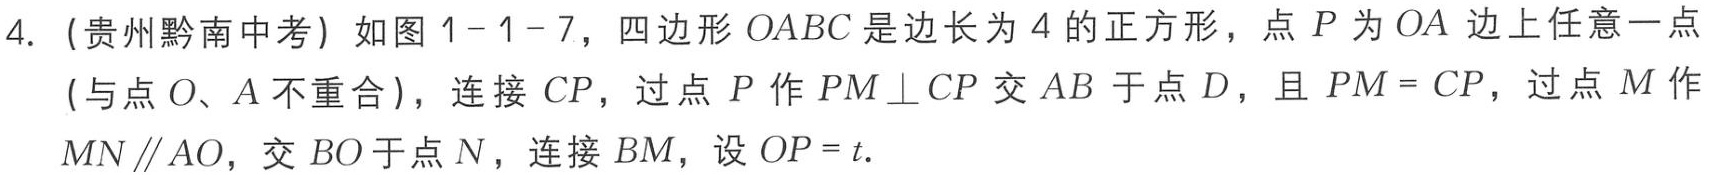
4. (贵州黔南中考) 如图1 - 1 - 7，四边形\(OABC\)是边长为\(4\)的正方形，点\(P\)为\(OA\)边上任意一点 (与点\(O\)、\(A\)不重合)，连接\(CP\)，过点\(P\)作\(PM\perp CP\)交\(AB\)于点\(D\)，且\(PM = CP\)，过点\(M\)作\(MN\parallel AO\)，交\(BO\)于点\(N\)，连接\(BM\)，设\(OP = t\).